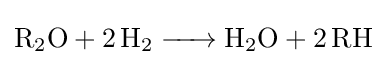
{\ce {R2O + 2 H2 -> H2O + 2 RH}}